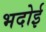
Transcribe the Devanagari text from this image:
भदोई